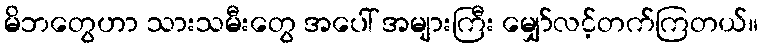
မိဘတွေဟာ သားသမီးတွေ အပေါ် အများကြီး မျှော်လင့်တက်ကြတယ်။